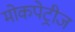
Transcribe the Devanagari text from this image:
मोकपेट्रीज